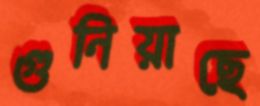
গুনিয়াছে